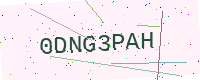
Text: 0DNG3PAH